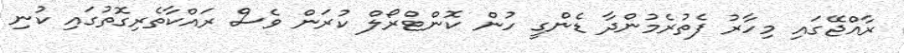
ރާއްޖޭގައި މިހާރު ފެތުރެމުންދާ ޑެންގީ ހުން ކޮންޓްރޯލް ކުރަން ވެސް ރައްކާތެރިގޮތުގައި ކުނި